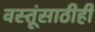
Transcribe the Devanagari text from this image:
वस्तूंसाठीही